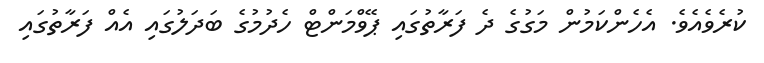
ކުރެވެއެވެ. އެހެންކަމުން މަގުގެ ދެ ފަރާތުގައި ޕޭވްމަންޓް ހެދުމުގެ ބަދަލުގައި އެއް ފަރާތުގައި